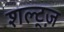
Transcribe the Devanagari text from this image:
शल्ट्ज़